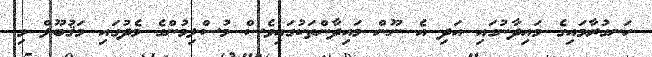
ހަނގުރާމައިގެ މައިދާނުގައި އަދި އެ ނޫން މައިދާންތަކުގައިވެސް މުސްލިމުންގެ މެދުގައި މަޤުބޫލް މި